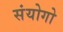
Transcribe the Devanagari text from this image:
संयोगो